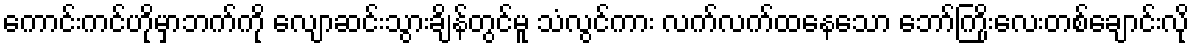
ကောင်းကင်ဟိုမှာဘက်ကို လျောဆင်းသွားချိန်တွင်မူ သံလွင်ကား လက်လက်ထနေသော ဘော်ကြိုးလေးတစ်ချောင်းလို